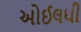
ઓઈલથી